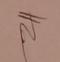
Signature authenticity: genuine